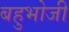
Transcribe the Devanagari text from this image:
बहुभोजी